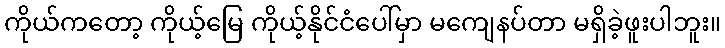
ကိုယ်ကတော့ ကိုယ့်မြေ ကိုယ့်နိုင်ငံပေါ်မှာ မကျေနပ်တာ မရှိခဲ့ဖူးပါဘူး။